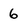
Character: 6